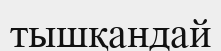
тышқандай